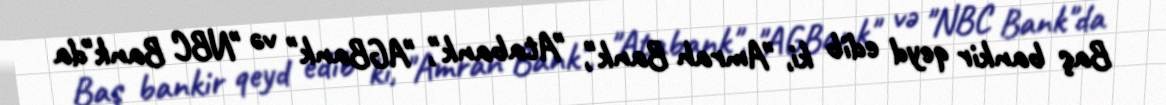
Baş bankir qeyd edib ki, "Amrah Bank", "Atabank", "AGBank" və "NBC Bank"da